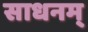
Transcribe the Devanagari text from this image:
साधनम्